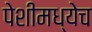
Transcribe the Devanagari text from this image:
पेशीमध्येच